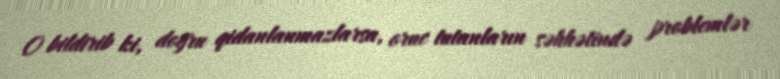
O bildirib ki, doğru qidanlanmazlarsa, oruc tutanların səhhətində problemlər